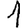
Digit: 1